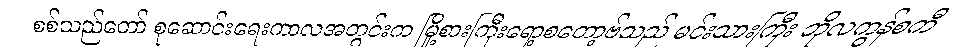
စစ်သည်တော် စုဆောင်းရေးကာလအတွင်းက မြို့စားကြီးရော့စတော့ဗ်သည် မင်းသားကြီး ဘိုလကွန်စကီ